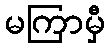
မကြာမှီ